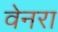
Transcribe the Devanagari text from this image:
वेनरा